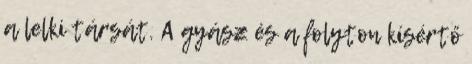
a lelki társát. A gyász és a folyton kísértő